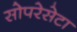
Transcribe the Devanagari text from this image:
सोपरेसेटा